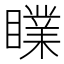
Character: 𥋙